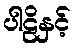
ပါဠိနှင့်